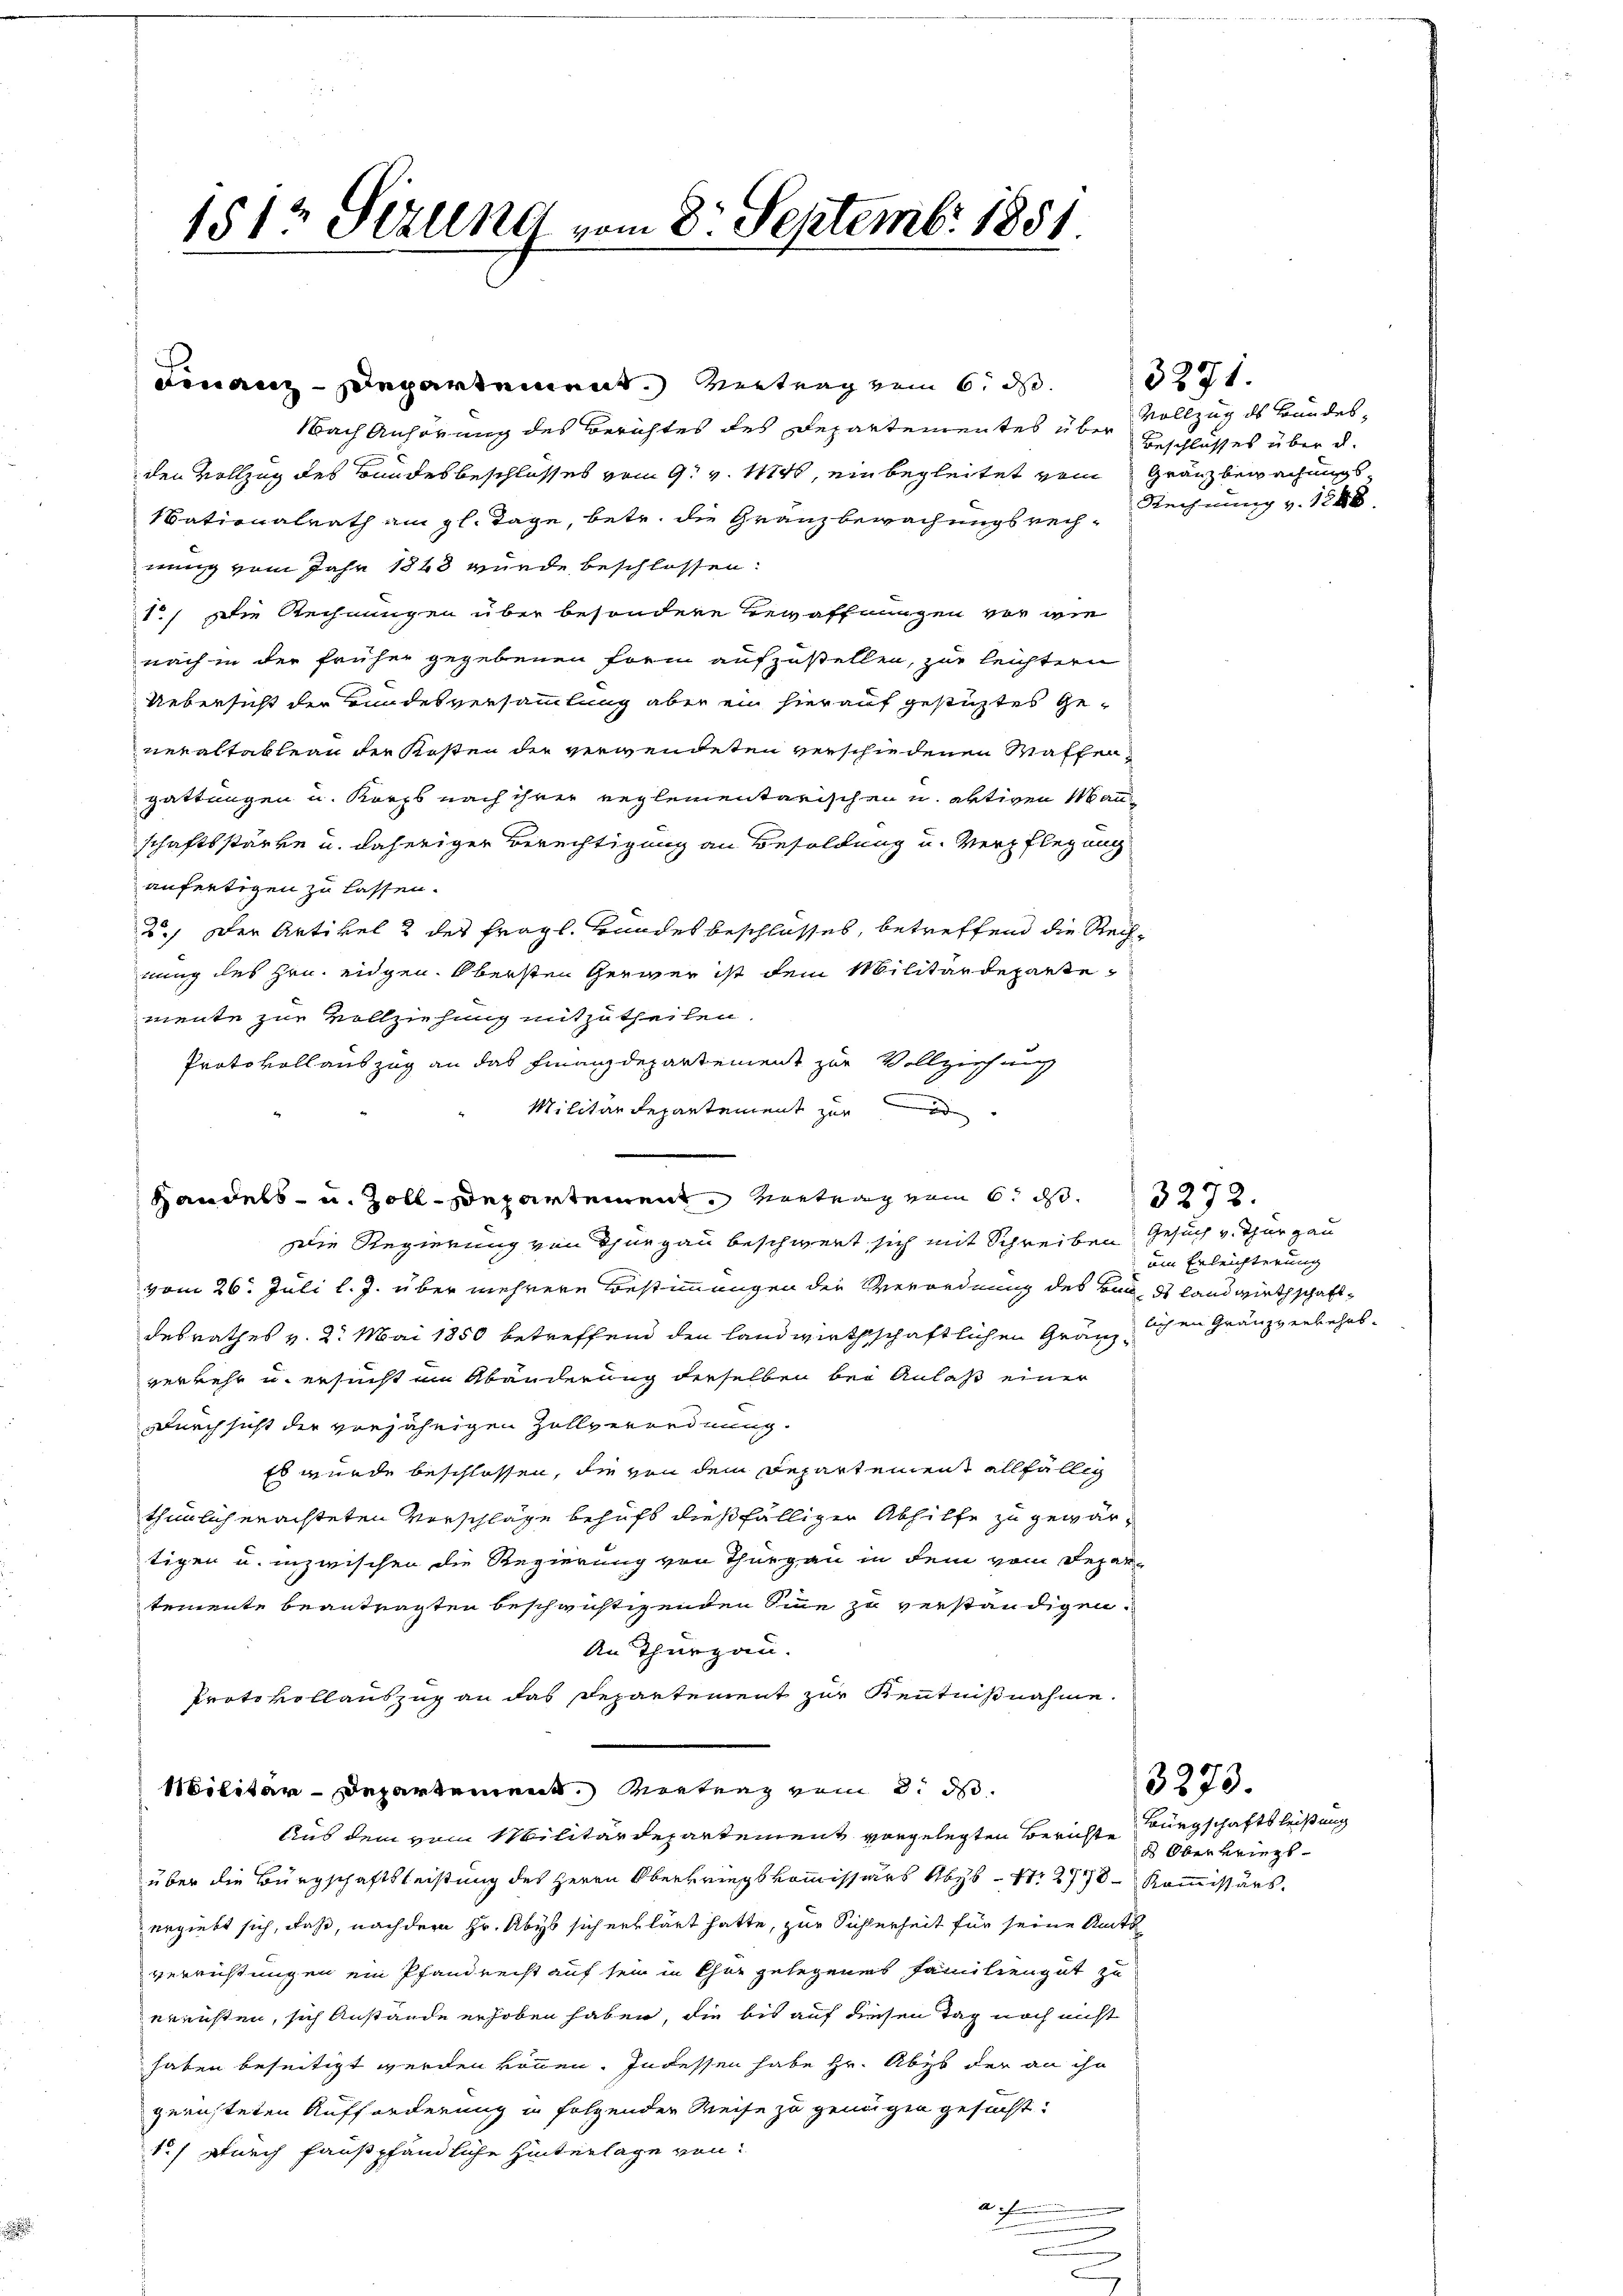
1512 Sezung vom 8. Septembr 1881.

Finanz-Departement. Vertrag vom 6. ds.
Nach Anhörung des Berichtes des Departementes über
den Vollzug des Bundesbeschlusses vom 9. v. 1884, ein begleitet vom Gränzbewachungs¬
Vationalrath am gl. Tage, betr. die Granzbewachungsrechnung vom Jahr 1848 wurde beschlossen:
1.) Die Rechnungen über besondere Bewaffnungen vor wie
nach in der früher gegebenen Form aufzustellen, zur leichtern
Uebersicht der Bundesversammlung aber ein hierauf gestüztes Generaltableau der Kosten der verwendeten verschiedenen Waffengattungen u. Korps nach ihrer reglementarischen u. aktiven Manschaftsstärke u. daheriger Berechtigung an Besoldung u. Verpflegung
anfertigen zu lassen.
2.) Der Artikel 2 des fragl. Bandesbeschlosses, betreffend die Rech-
nung des Hrn. Eidgen. Obersten Gerwer ist dem Militärdepartemente zur Vollziehung mitzutheilen.
Protokoll auszug an das Finanzdepartement zur Vollziehung
Militärdepartement zur d
Handels- u. Zoll-Departement. Vertrag vom 6. d. 13272.
Die Regierung von Thurgau beschwert sich mit Schreiben Gesuch v. Thurgau
vom 26. Juli l. J. über mehrere Bestimmungen der Verordnung des von des Landwirthschaftdesrathes v. 2. Mai 1850 betreffend den landwirthschaftlichen Gränzlichen Gränzverkehrsverkehr u. ersucht ein Abänderung derselben bei Anlaß einer
Durchsicht der vorjährigen Zollverordnung.
Es wurde beschlossen, die von dem Departement allfällig
thunlich erachteten Vorschläge behufs dießfälliger Abhilfe zu gewärtigen u. inzwischen die Regierung von Thurgau in dem vom Departemente beantragten beschwichtigenden Sinne zu verständigen.
An Thurgau.
Protokollauszug an das Departement zur Kenntnißnahme.
Militär-Departement. Vertrag vom 8. ds.
Aus dem vom Militärdepartement vorgelegten Berichterungschaftsleistung
über die Bürgschaftsleistung des Herrn Oberkriegskommissärs Abys N. 2778 Kommissärs.
ergiebt sich, daß, nachdem Hr. Abys sich erklärt hatte, zur Sicherheit für seine Amts
verrichtungen ein Pfandrecht auf sein in Chur gelegenes Familiengut zu
erensten, sich Anstände erhoben haben, die bis auf diesen Tag noch nicht
haben beseitigt werden können. Indessen habe Hr. Abzb der an ihn
gerichteten Aufforderung in folgenden Weise zu genügen gesucht.
1.) Durch faustpfändliche Hinterlage von
a
.

3271.
Vollzug ds Bundes¬
Beschlusses über d.
Rechnung v. 1848.

um Erleichterung

d Oberkriegs

3273.